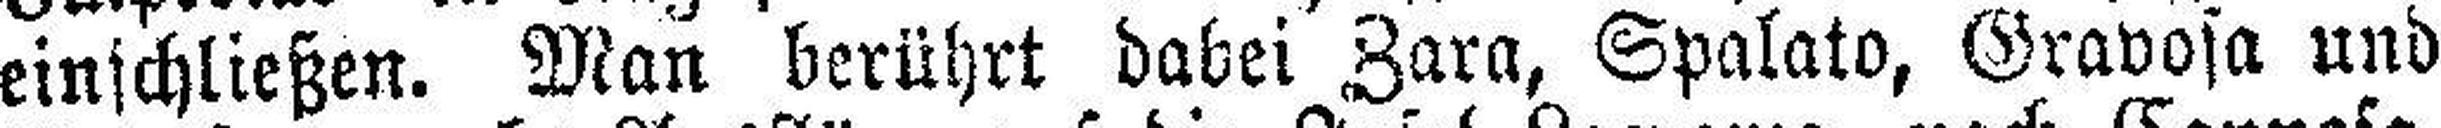
einschließen. Man berührt dabei Zara, Spalato, Gravosa und